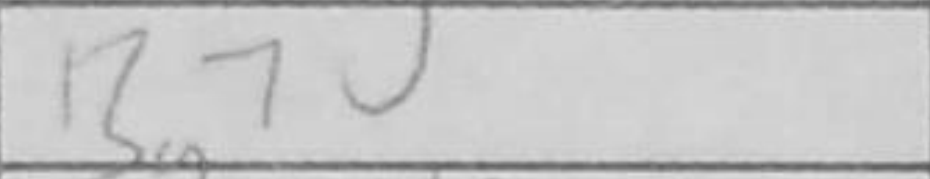
Transcription: Bg7